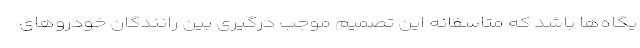
یگاه‌ها باشد که متاسفانه این تصمیم موجب درگیری بین رانندگان خودرو‌های